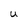
Character: U